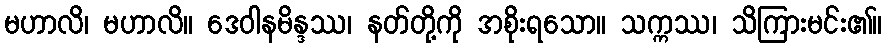
မဟာလိ၊ မဟာလိ။ ဒေဝါနမိန္ဒဿ၊ နတ်တို့ကို အစိုးရသော။ သက္ကဿ၊ သိကြားမင်း၏။